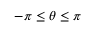
- \pi \leq \theta \leq \pi